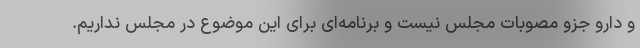
و دارو جزو مصوبات مجلس نیست و برنامه‌ای برای این موضوع در مجلس نداریم.